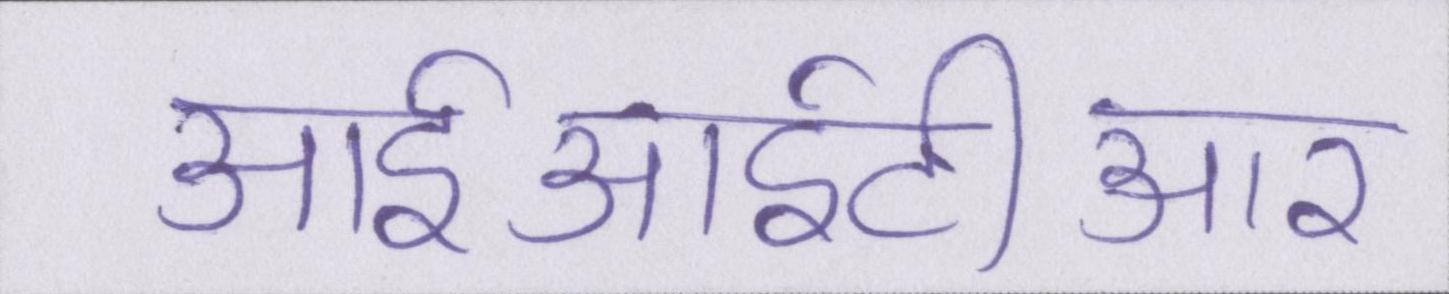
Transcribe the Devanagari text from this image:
आईआईटीआर